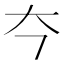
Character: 𪥁